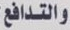
والتدافع